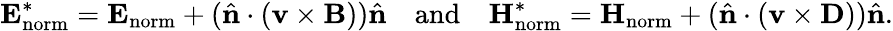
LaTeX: \mathbf{E}_{\mathrm{norm}}^{*}=\mathbf{E}_{\mathrm{norm}}+(\hat{\mathbf{n}}\cdot(\mathbf{v}\times\mathbf{B}))\hat{\mathbf{n}}\quad\mathrm{and}\quad\mathbf{H}_{\mathrm{norm}}^{*}=\mathbf{H}_{\mathrm{norm}}+(\hat{\mathbf{n}}\cdot(\mathbf{v}\times\mathbf{D}))\hat{\mathbf{n}}.